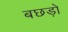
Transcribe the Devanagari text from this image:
बछड़ो